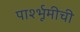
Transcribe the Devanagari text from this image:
पार्श्भूमीची